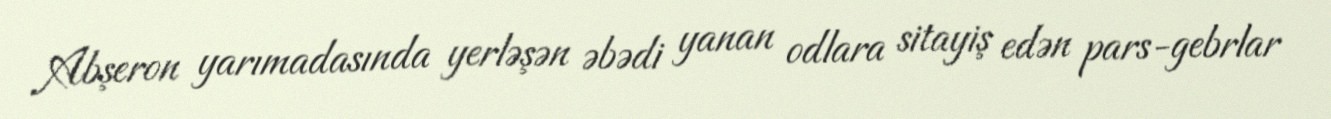
Abşeron yarımadasında yerləşən əbədi yanan odlara sitayiş edən pars-gebrlar